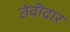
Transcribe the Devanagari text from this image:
ठेवीदार